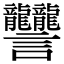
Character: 𧮩